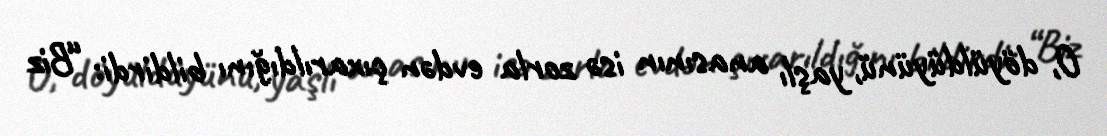
O, döyüldüyünü, yaşlı anasının isə zorla evdən çıxarıldığını bildirdi: “Biz